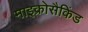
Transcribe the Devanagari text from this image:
माइक्रोसैकिंड